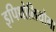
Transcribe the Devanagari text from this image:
इपिथोलियोमा